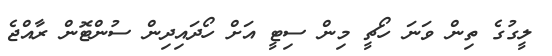
ލީގުގެ ތިން ވަނަ ހޯޗީ މިން ސިޓީ އަށް ހޯދައިދިން ސުންޓޮން ރާއްޖެ